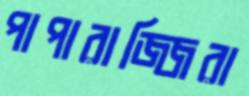
পাপারাজ্জিরা